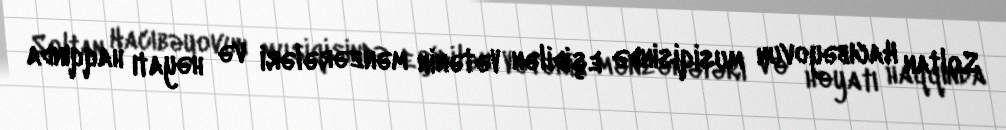
Soltan Hacıbəyovun musiqisində eşidilən Vətənin mənzərələri və həyatı haqqında